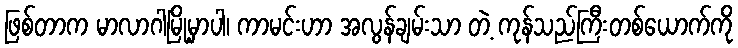
ဖြစ်တာက မာလာဂါမြို့မှာပါ၊ ကာမင်းဟာ အလွန်ချမ်းသာ တဲ့ ကုန်သည်ကြီးတစ်ယောက်ကို